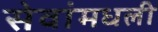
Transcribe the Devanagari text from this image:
सेवांमधली